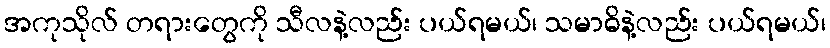
အကုသိုလ် တရားတွေကို သီလနဲ့လည်း ပယ်ရမယ်၊ သမာဓိနဲ့လည်း ပယ်ရမယ်၊